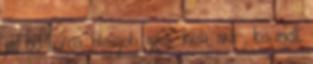
jav hd barna, blowjob, szex, kém, arc-, kis mell,